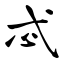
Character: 忒